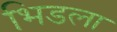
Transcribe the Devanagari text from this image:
भिडला